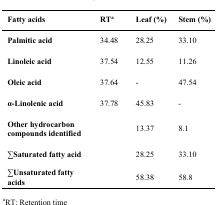
| Fatty acids | RTa | Leaf (%) | Stem (%) |
 | --- | --- | --- | --- |
 | Palmitic acid | 34.48 | 28.25 | 33.10 |
 | Linoleic acid | 37.54 | 12.55 | 11.26 |
 | Oleic acid | 37.64 | - | 47.54 |
 | α-Linolenic acid | 37.78 | 45.83 | - |
 | Other hydrocarbon compounds identified |  | 13.37 | 8.1 |
 | ∑Saturated fatty acid |  | 28.25 | 33.10 |
 | ∑Unsaturated fatty acids |  | 58.38 | 58.8 |